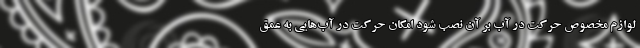
لوازم مخصوص حرکت در آب بر آن نصب شود امکان حرکت در آب‌هایی به عمق